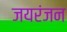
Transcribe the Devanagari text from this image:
जयरंजन